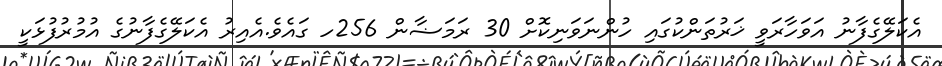
އެކަލޭގެފާނު އަވަހާރަވީ ޚަރުތަންކުގައި ހުންނަވަނިކޮށް 30 ރަމަޟާން 256ހ ގައެވެ.އެއިރު އެކަލޭގެފާނުގެ އުމުރުފުޅަކީ